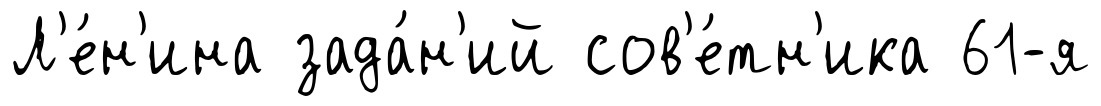
Л'е́н'ина зада́н'ий сов'е́тн'ика 61-я